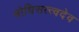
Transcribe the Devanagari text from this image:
बोधिसत्त्वदेव